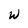
Character: w